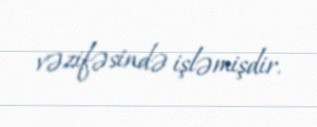
vəzifəsində işləmişdir.